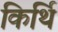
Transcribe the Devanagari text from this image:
किर्थि